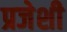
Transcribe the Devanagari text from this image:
प्रजेशी